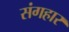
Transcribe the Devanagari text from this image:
संगहार